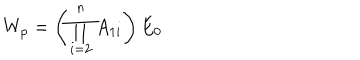
W _ { p } = \left( \prod _ { i = 2 } ^ { n } A _ { 1 i } \right) E _ { 0 }